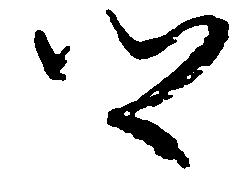
郷